Tezpur Lunatic Asylum reports 1895-1904 - 1895-1904
Year: 1895
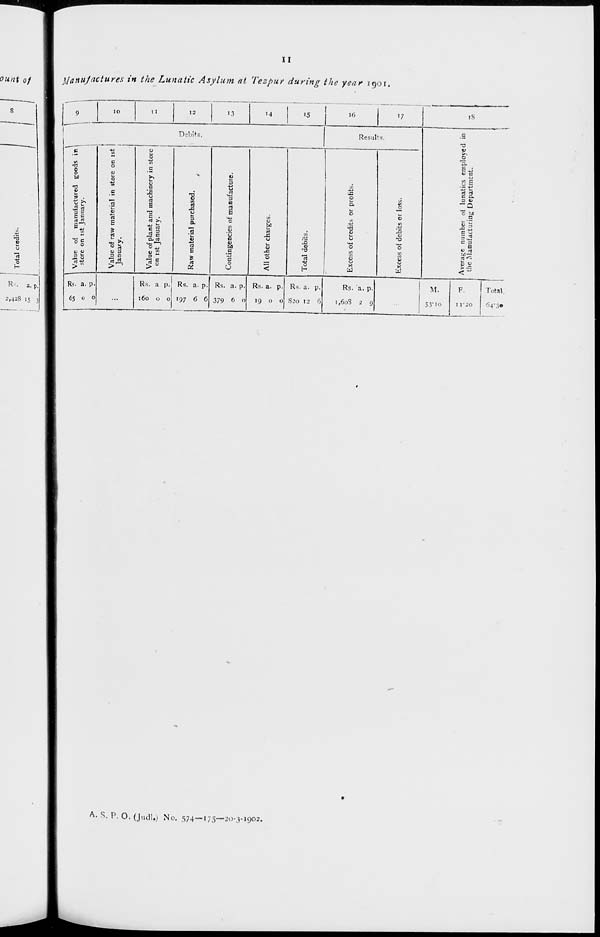
>
o
I
to
o
Total credits.
0\
o
^1
3
c
o
50
•a
T
73
p
•a
33
CO
P
58
P
•o
SB
p
pa
p
O
73
LO
CO
to
P'
Value o£ manufactured goods in
store on ist January.
Value of raw material in store on ist
January.
Value of plant and machinery in store
on ist January.
Raw material purchased.
Contingencies of manufacture.
in
•>
o
•-•
y
tj
o
0\
4-
o
p
•
All other charges.
Total debits.
Excess of credits or profits.
Excess of debits or loss.
73
Average number ol lunatics employed in
the Manufacturing Department.
54
is
5.
»
«<*.
£-
^
N
3
a>
t
O